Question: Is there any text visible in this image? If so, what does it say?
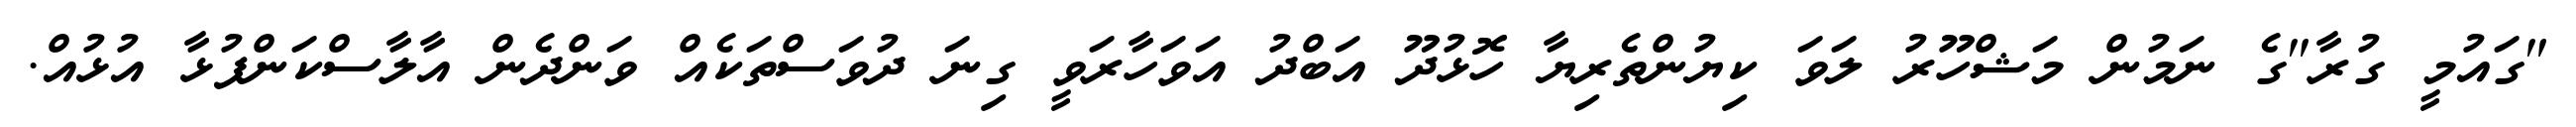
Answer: "ގައުމީ ގުރާ"ގެ ނަމުން މަޝްހޫރު ލަވަ ކިޔުންތެރިޔާ ހޮޅުދޫ އަބްދު އަވަހާރަވީ ގިނަ ދުވަސްތަކެއް ވަންދެން އާލާސްކަންފުޅާ އުޅުއް.